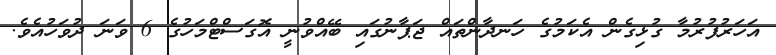
އަހަރުފުރުމާ ގުޅިގެން އެކަމުގެ ހަނދާންތައް ޖަޕާނުގައި ބޭއްވުނީ އޮގަސްޓްމަހުގެ 6 ވަނަ ދުވަހުއެވެ.